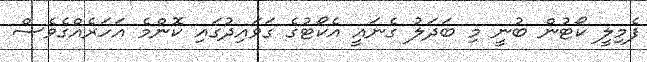
ފެމިލީ ކޯޓުން ބުނީ މި ބަދަލު ގެނައީ އެކޯޓުގެ ގަވައިދުގައި ކޮންމެ އަހަރެއްގެވެސް